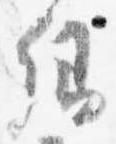
卿